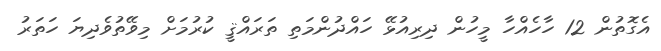
އެގޮތުން 12 ހާހެއްހާ މީހުން ދިރިއުޅޭ ހައްދުންމަތި ތަރައްޤީ ކުރުމަށް މިވޭތުވެދިޔަ ހަތަރު